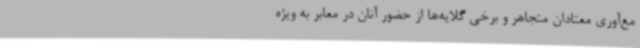
مع‌آوری معتادان متجاهر و برخی گلایه‌ها از حضور آنان در معابر به ویژه